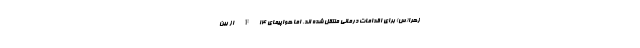
زهرا(س) برای اقدامات درمانی منتقل شده اند، اما هواپیمای F14 از بین